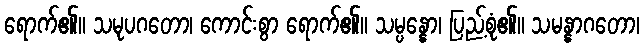
ရောက်၏။ သမုပဂတော၊ ကောင်းစွာ ရောက်၏။ သမ္ပန္နော၊ ပြည့်စုံ၏။ သမန္နာဂတော၊